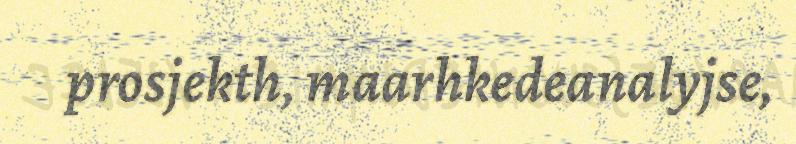
prosjekth, maarhkedeanalyjse,